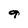
Character: 9